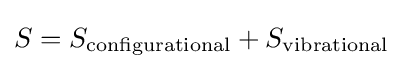
S=S_{\text{configurational}}+S_{\text{vibrational}}